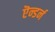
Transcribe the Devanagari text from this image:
ऎन्डर्न